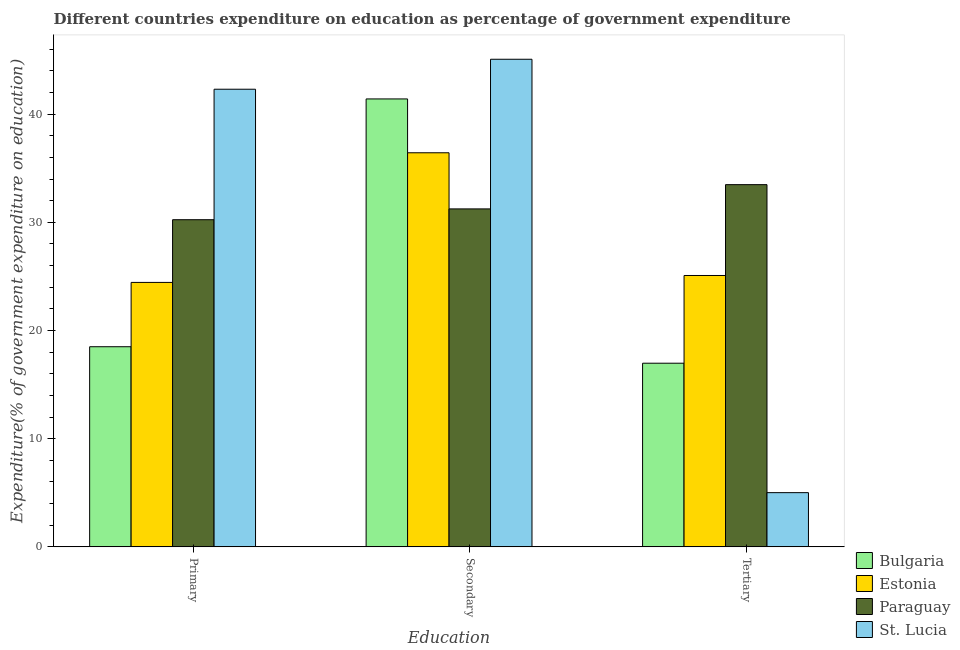
| Education | Bulgaria | Estonia | Paraguay | St. Lucia |
 | --- | --- | --- | --- | --- |
 | Primary | 18.5 | 24.4 | 30.2 | 42.3 |
 | Secondary | 41.4 | 36.4 | 31.2 | 45.1 |
 | Tertiary | 17 | 25.1 | 33.5 | 5.01 |